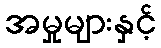
အမှုများနှင့်